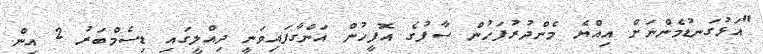
"އަޅުގަނޑުމެންނަށް އިއްޔެ މެންދުރުފަހުން ސާފުގެ އޮފީހުން އަންގާފައިވަނީ ދިއްލީގައި ޑިސެމްބަރު 2 އިން